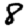
Digit: 8